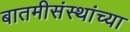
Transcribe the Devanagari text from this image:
बातमीसंस्थांच्या